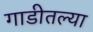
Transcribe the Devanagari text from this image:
गाडीतल्या